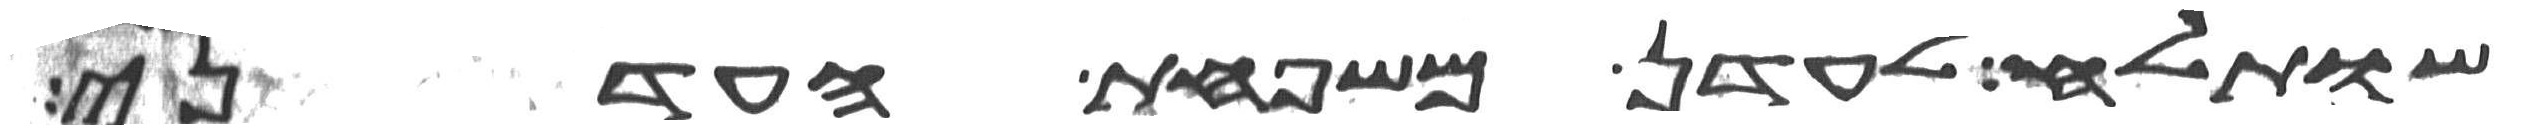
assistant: שותלח לעדן משפחת העדני